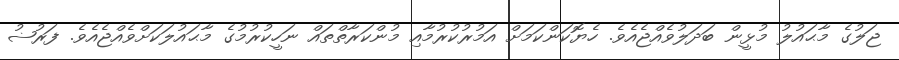
ޖަލުގެ މާޙައުލު މުޅީން ބަދަލުވެއްޖެއެވެ. ހެޔޮކަންކަމަށް އަމުރުކުރުމާއި މުންކަރާތްތައް ނަހީކުރުމުގެ މާޙައުލަކަށްވެއްޖެއެވެ. ފަރުޟު